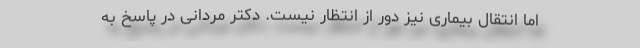
اما انتقال بیماری نیز دور از انتظار نیست‌. دکتر مردانی در پاسخ به